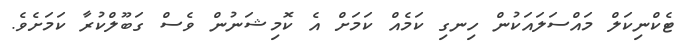
ޓެކްނިކަލް މައްސަލައަކުން ހިނގި ކަމެއް ކަމަށް އެ ކޮމިޝަނުން ވެސް ގަބޫލްކުރާ ކަމަށެވެ.